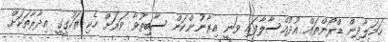
ހަމަލާދިން ޑްރޯންތައް އުދުއްސާލާފައި ވަނީ އިރާނުންކަން ސާބިތުވާ ވަރަށް ހެކި ތަހުގީގީ އިދާރާތަކަށް